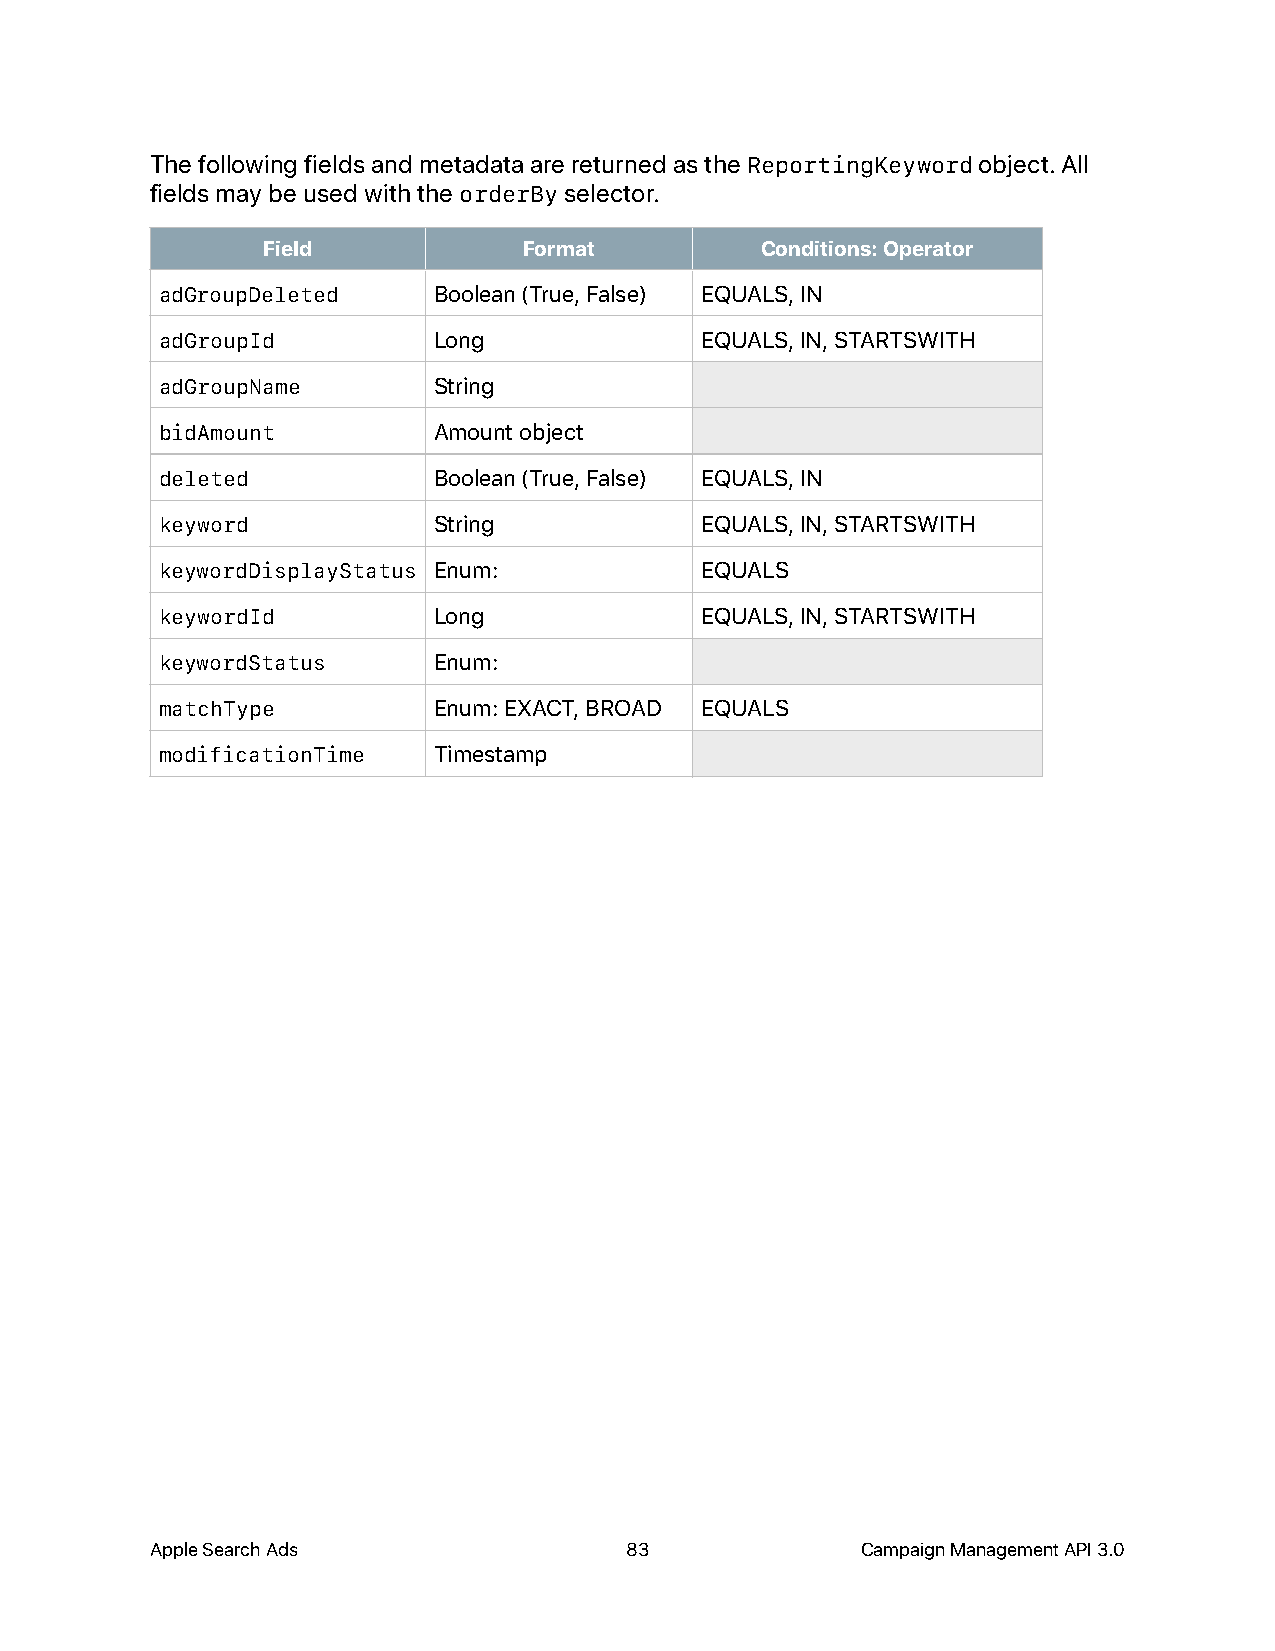
The following fields and metadata are returned as the ReportingKeyword object. All
 fields may be used with the orderBy selector.
 Field             Format         Conditions: Operator
 adGroupDeleted    Boolean (True, False) EQUALS, IN
 adGroupId         Long             EQUALS, IN, STARTSWITH
 adGroupName       String
 bidAmount         Amount object
 deleted           Boolean (True, False) EQUALS, IN
 keyword           String           EQUALS, IN, STARTSWITH
 keywordDisplayStatus Enum:         EQUALS
 keywordId         Long             EQUALS, IN, STARTSWITH
 keywordStatus     Enum:
 matchType         Enum: EXACT, BROAD EQUALS
 modificationTime  Timestamp
 Apple Search Ads               83              Campaign Management API 3.0